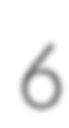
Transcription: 6